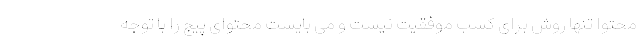
محتوا تنها روش برای کسب موفقیت نیست و می بایست محتوای پیج را با توجه